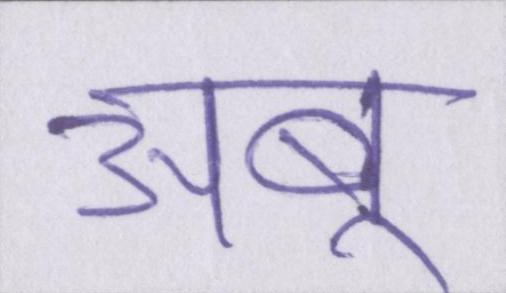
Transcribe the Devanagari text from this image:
अबू